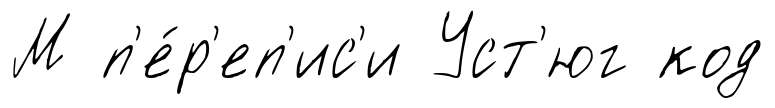
М п'е́р'еп'ис'и Уст'юг код